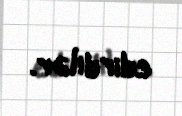
edirdilər.